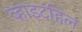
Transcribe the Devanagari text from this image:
व्हाइटहिल